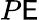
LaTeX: P\mathsf{E}